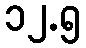
၁၂.၅